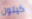
كيتون